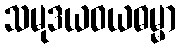
သမုဒယဝယဓမ္မာ